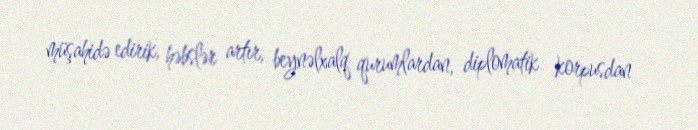
müşahidə edirik, həbslər artır, beynəlxalq qurumlardan, diplomatik korpusdan